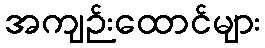
အကျဉ်းထောင်များ